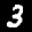
Label: 3